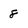
Character: 8